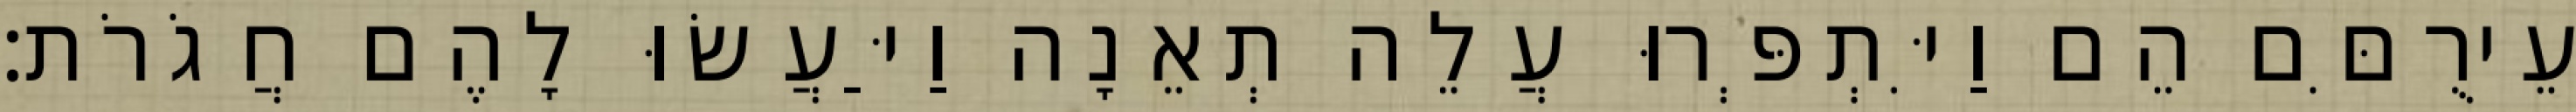
עֵירֻםִּם הֵם וַיִּתְפְּרוּ עֲלֵה תְאֵנָה וַיַּעֲשׂוּ לָהֶם חֲגֹרֹת׃